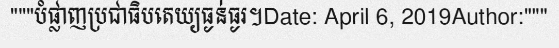
"""បំផ្លាញប្រជាធិបតេយ្យធ្ងន់ធ្ងរ។Date: April 6, 2019Author:"""